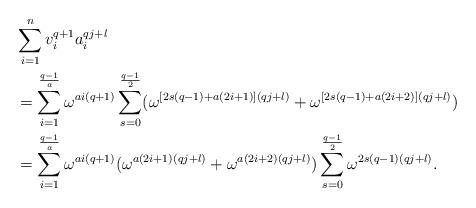
LaTeX: \begin{align*}&\sum_{i=1}^{n}v_{i}^{q+1}a_{i}^{qj+l} \\&=\sum_{i=1}^{\frac{q-1}{a}}\omega^{ai(q+1)}\sum_{s=0}^{\frac{q-1}{2}}(\omega^{[2s(q-1)+a(2i+1)](qj+l)}+\omega^{[2s(q-1)+a(2i+2)](qj+l)})\\&=\sum_{i=1}^{\frac{q-1}{a}}\omega^{ai(q+1)}(\omega^{a(2i+1)(qj+l)}+\omega^{a(2i+2)(qj+l)})\sum_{s=0}^{\frac{q-1}{2}}\omega^{2s(q-1)(qj+l)}.\end{align*}